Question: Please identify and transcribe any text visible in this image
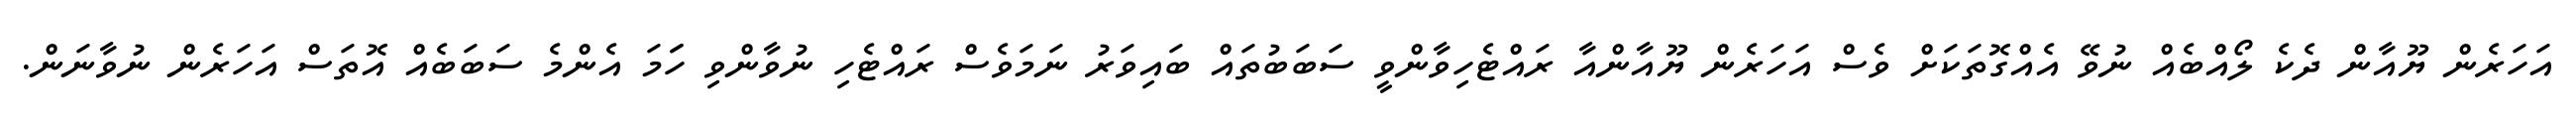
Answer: އަހަރެން ޔޫއާން ދެކެ ލޯއްބެއް ނުވޭ އެއްގޮތަކަށް ވެސް އަހަރެން ޔޫއާންއާ ރައްޓެހިވާންވީ ސަބަބުތައް ބައިވަރު ނަމަވެސް ރައްޓެހި ނުވާންވި ހަަމަ އެންމެ ސަބަބެއް އޮތަސް އަހަރެން ނުވާނަން.